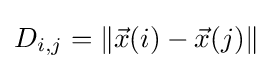
D_{i,j}=\|{\vec {x}}(i)-{\vec {x}}(j)\|